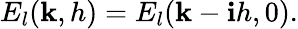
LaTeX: E_{l}(\mathbf{k},h)=E_{l}(\mathbf{k}-\mathbf{i}h,0).